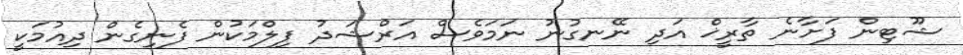
ޝޫޓިން ފަށާނެ ތާރީޚް އަދި ނޭނގުނު ނަމަވެސް އަރްޝަދު ފިލްމަކުން ފެނިގެން ދިއުމަކީ